Indian journal of veterinary science and animal husbandry - Volumes 15-17, 1948-1951
Year: 1948
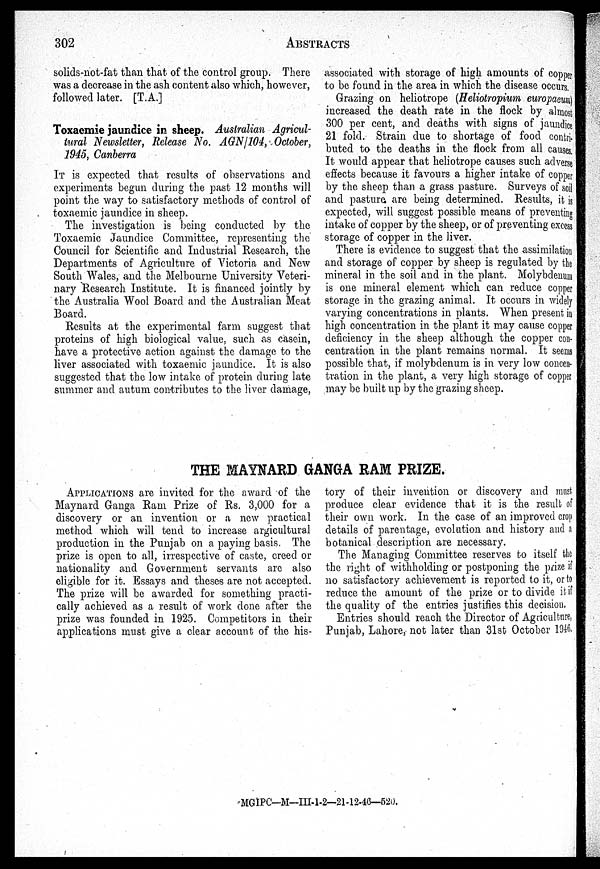
302
ABSTRACTS
solids-not-fat than that of the control group. There
was a decrease in the ash content also which, however,
followed later. [T.A.]
Toxaemie jaundice in sheep. Australian Agricul-
tural Newsletter, Release No. AGN/104, October,
1945, Canberra
IT is expected that results of observations and
experiments begun during the past 12 months will
point the way to satisfactory methods of control of
toxaemic jaundice in sheep.
The investigation is being conducted by the
Toxaemic Jaundice Committee, representing the
Council for Scientific and Industrial Research, the
Departments of Agriculture of Victoria and New
South Wales, and the Melbourne University Veteri-
nary Research Institute. It is financed jointly by
the Australia Wool Board and the Australian Meat
Board.
Results at the experimental farm suggest that
proteins of high biological value, such as casein,
have a protective action against the damage to the
liver associated with toxaemic jaundice. It is also
suggested that the low intake of protein during late
summer and autum contributes to the liver damage,
associated with storage of high amounts of copper
to be found in the area in which the disease occurs.
Grazing on heliotrope (Heliotropium europaeum)
increased the death rate in the flock by almost
300 per cent, and deaths with signs of jaundice
21 fold. Strain due to shortage of food contri-
buted to the deaths in the flock from all causes.
It would appear that heliotrope causes such adverse
effects because it favours a higher intake of copper
by the sheep than a grass pasture. Surveys of soil
and pasture are being determined. Results, it is
expected, will suggest possible means of preventing
intake of copper by the sheep, or of preventing excess
storage of copper in the liver.
There is evidence to suggest that the assimilation
and storage of copper by sheep is regulated by the
mineral in the soil and in the plant. Molybdenum
is one mineral element which can reduce copper
storage in the grazing animal. It occurs in widely
varying concentrations in plants. When present in
high concentration in the plant it may cause copper
deficiency in the sheep although the copper con-
centration in the plant remains normal. It seems
possible that, if molybdenum is in very low concen-
tration in the plant, a very high storage of copper
may be built up by the grazing sheep.
THE MAYNARD GANGA RAM PRIZE.
APPLICATIONS are invited for the award of the
Maynard Ganga Ram Prize of Rs. 3,000 for a
discovery or an invention or a new practical
method which will tend to increase argicultural
production in the Punjab on a paying basis. The
prize is open to all, irrespective of caste, creed or
nationality and Government servants are also
eligible for it. Essays and theses are not accepted.
The prize will be awarded for something practi-
cally achieved as a result of work done after the
prize was founded in 1925. Competitors in their
applications must give a clear account of the his-
tory of their invention or discovery and must
produce clear evidence that it is the result of
their own work. In the case of an improved crop
details of parentage, evolution and history and a
botanical description are necessary.
The Managing Committee reserves to itself the
the right of withholding or postponing the prize i f
no satisfactory achievement is reported to it, or to
reduce the amount of the prize or to divide it i f
the quality of the entries justifies this decision.
Entries should reach the Director of Agriculture,
Punjab, Lahore, not later than 31st October 1946.
MGIPC—M—III-1-2—21-1246—520.